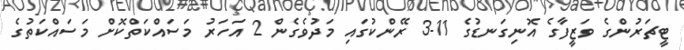
ޓީޗަރުންގެ ވަޒީފާގެ އޮނިގަނޑުގެ 11-3 ރޭންކުގައި މަދުވެގެން 2 އަހަރު މަސައްކަތްކޮށް މަސައްކަތުގެ